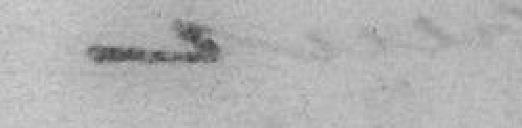
_